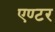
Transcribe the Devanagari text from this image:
एण्टर